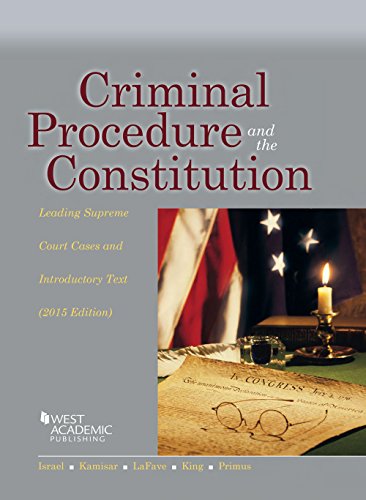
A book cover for Criminal Procedure and the Constitution, Leading Supreme Court Cases and Introductory Text, 2015 (American Casebook Series); Jerold Israel; Law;